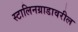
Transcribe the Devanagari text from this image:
स्टालिनग्राडावरील